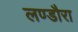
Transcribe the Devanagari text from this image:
लण्डौरा